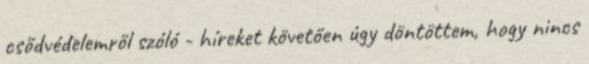
csődvédelemről szóló - híreket követően úgy döntöttem, hogy nincs